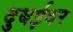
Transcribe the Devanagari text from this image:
दुबईवर